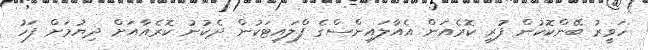
ހަވީރު ބޭންކޮކުން ފުރީ ކޮރެއަން އެއާލައިންސްގެ ފްލައިޓަކުން ދެކުނު ކޮރެއާއަށް ދިޔުމަށް ފަހު